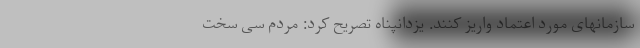
سازمانهای مورد اعتماد واریز کنند. یزدانپناه تصریح کرد: مردم سی سخت